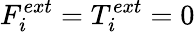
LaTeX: F_{i}^{ext}=T_{i}^{ext}=0